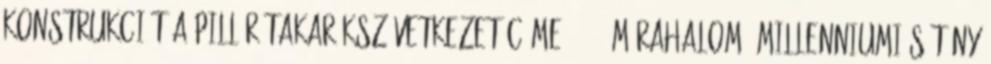
konstrukciót a PILLÉR Takarékszövetkezet címe: 6782 Mórahalom, Millenniumi sétány